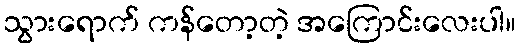
သွားရောက် ကန်တော့တဲ့ အကြောင်းလေးပါ။